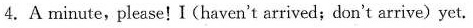
4.A minute,please!I (haven't arrived;don't arrive) yet.